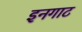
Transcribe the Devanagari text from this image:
इनगाट